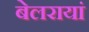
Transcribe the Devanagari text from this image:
बेलरायां